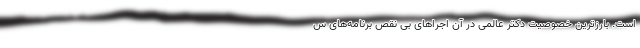
است. بارزترین خصوصیت دکتر عالمی در آن اجراهای بی نقص برنامه‌های س